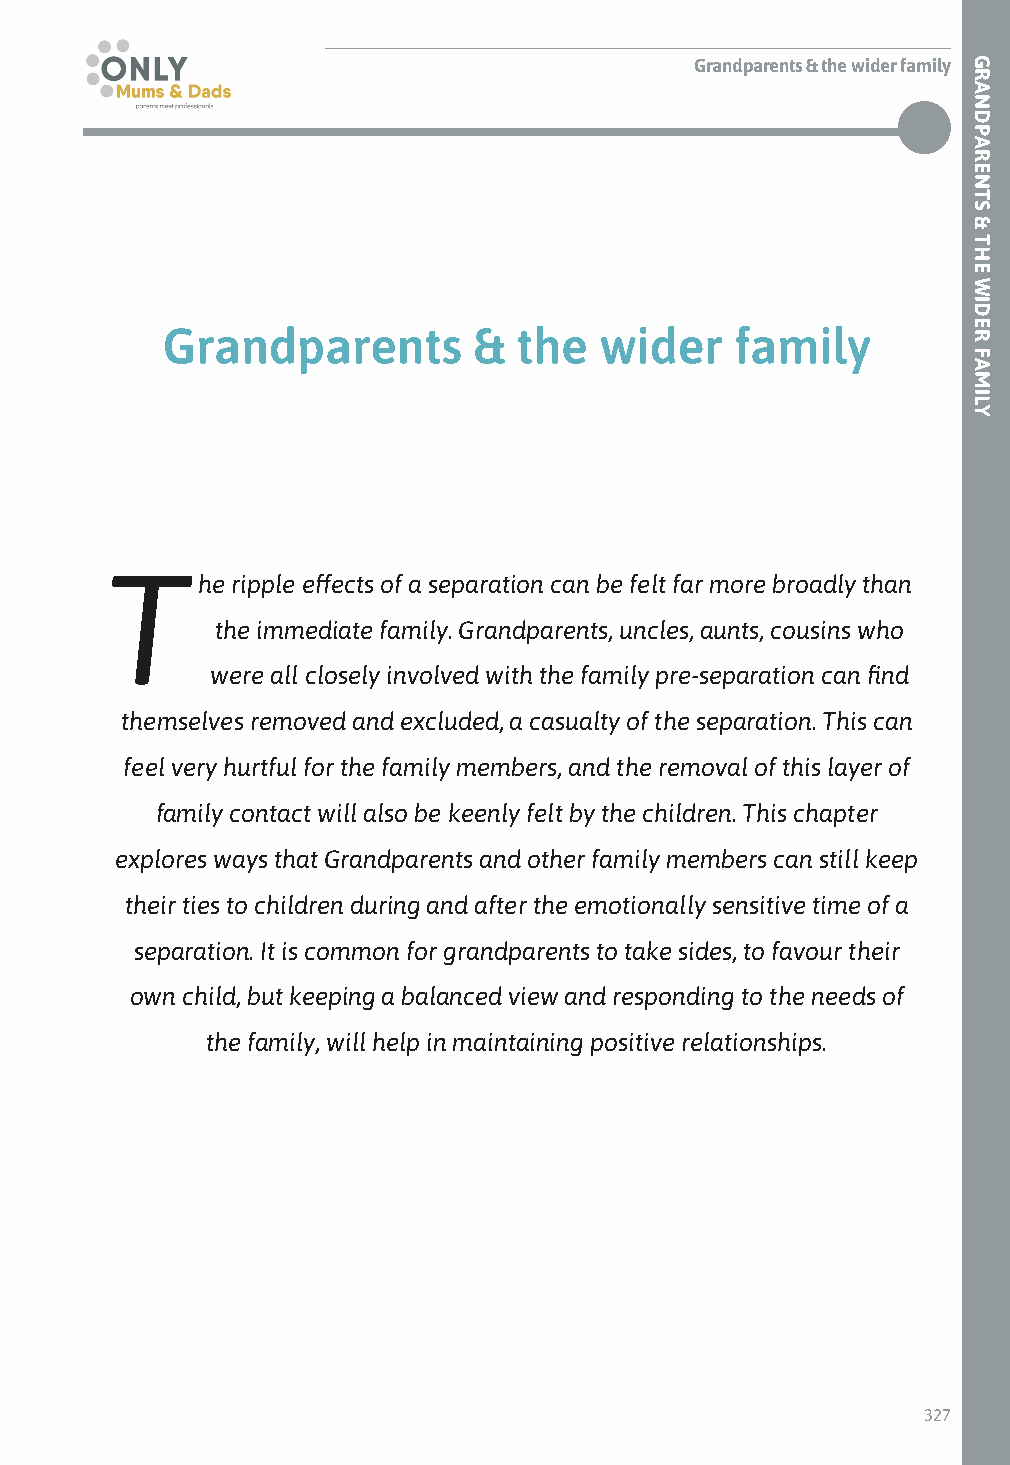
Grandparents & the wider family
 Grandparents        &  the   wider    family
 T
 he ripple effects of a separation can be felt far more broadly than
 the immediate family. Grandparents, uncles, aunts, cousins who
 were all closely involved with the family pre-separation can find
 themselves removed and excluded, a casualty of the separation. This can
 feel very hurtful for the family members, and the removal of this layer of
 family contact will also be keenly felt by the children. This chapter
 explores ways that Grandparents and other family members can still keep
 their ties to children during and after the emotionally sensitive time of a
 separation. It is common for grandparents to take sides, to favour their
 own child, but keeping a balanced view and responding to the needs of
 the family, will help in maintaining positive relationships.
 327
 GRANDPARENTS
 &
 THE
 WIDER
 FAMILY